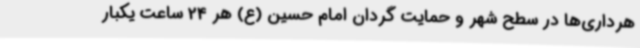
هرداری‌ها در سطح شهر و حمایت گردان امام حسین (ع) هر 24 ساعت یکبار